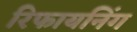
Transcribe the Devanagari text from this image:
रिफायनिंग